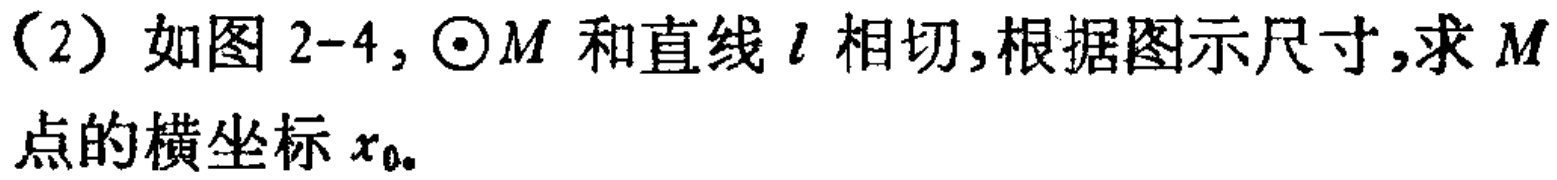
（2）如图 2-4，$\odot M$ 和直线 $l$ 相切，根据图示尺寸，求 $M$ 点的横坐标 $x_{0}$。